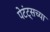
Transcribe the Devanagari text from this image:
पेटंट्सच्या